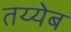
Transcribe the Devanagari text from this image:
तय्येब